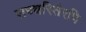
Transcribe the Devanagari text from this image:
सच्चरितैरपि